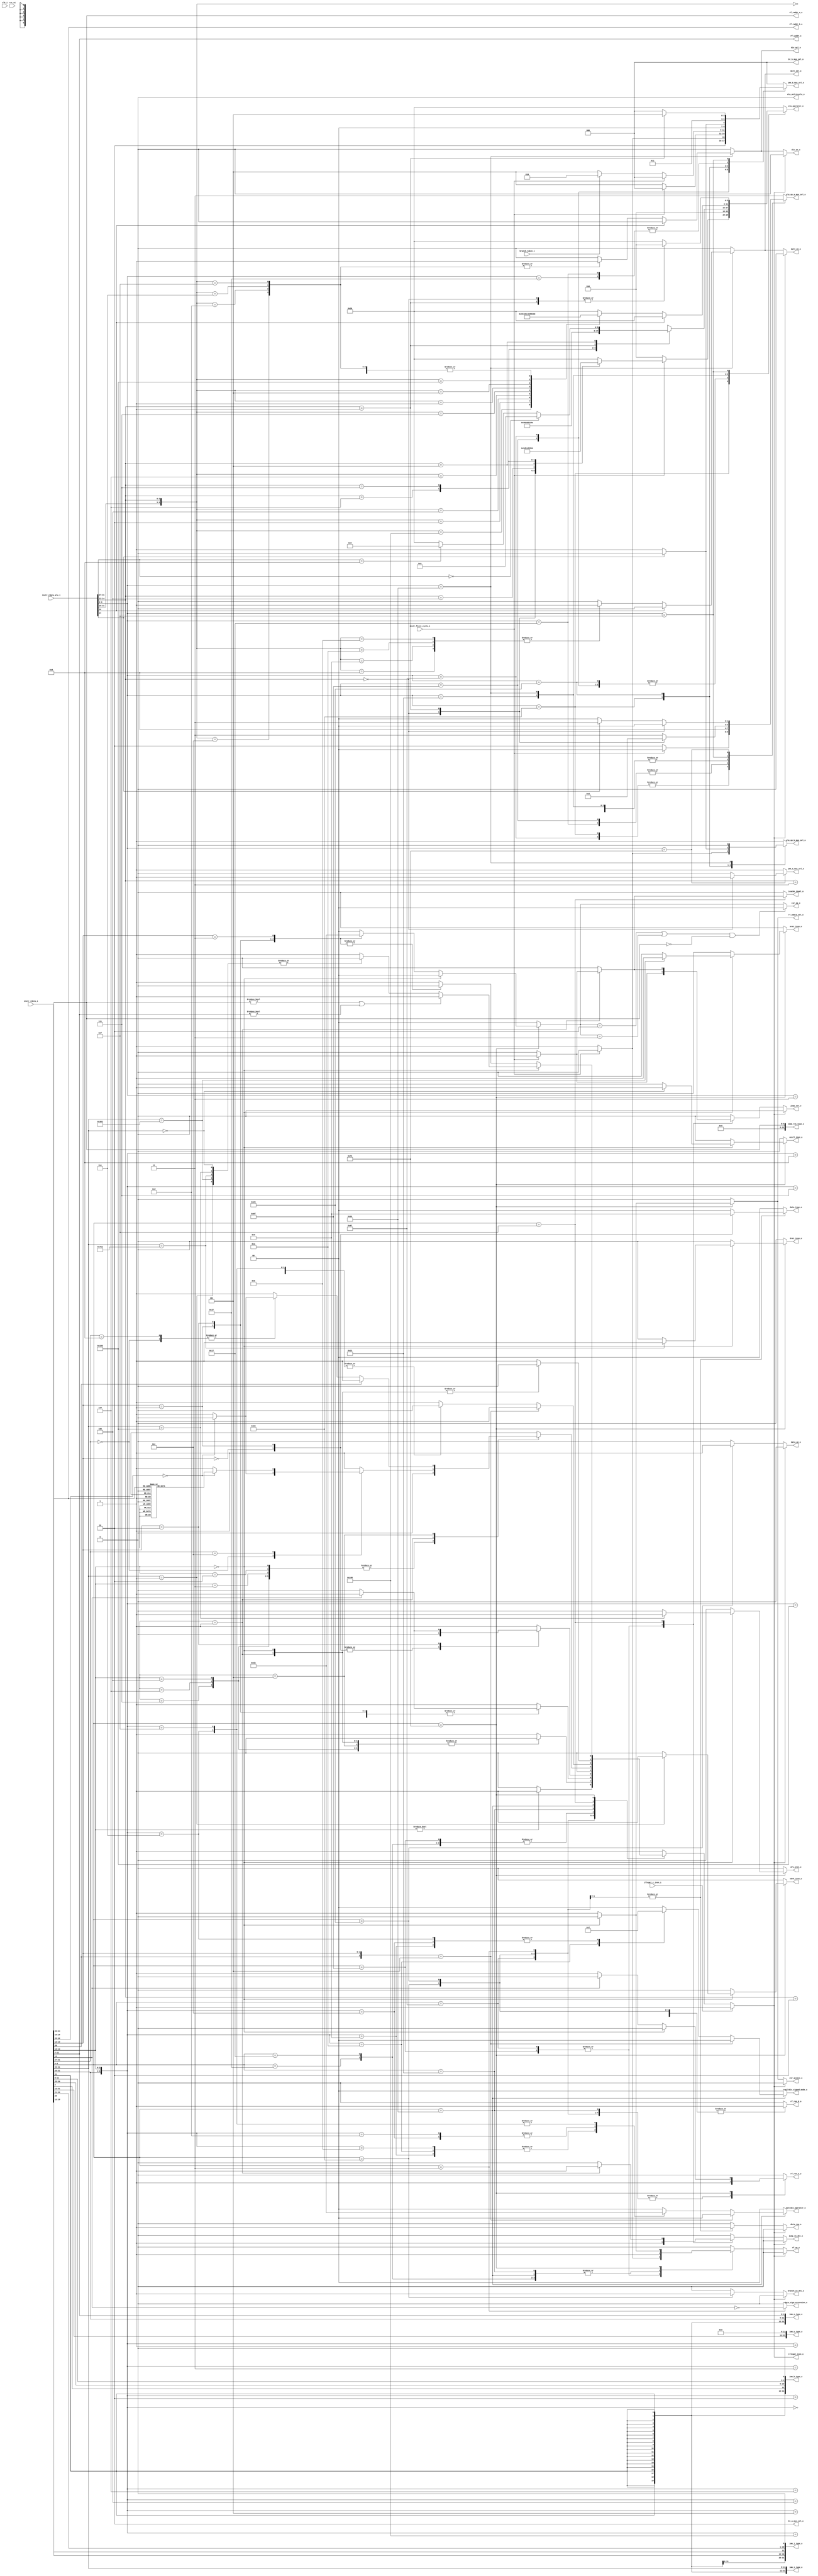
module ibex_decoder (
	clk_i,
	rst_ni,
	illegal_insn_o,
	ebrk_insn_o,
	mret_insn_o,
	dret_insn_o,
	ecall_insn_o,
	wfi_insn_o,
	jump_set_o,
	branch_taken_i,
	icache_inval_o,
	instr_first_cycle_i,
	instr_rdata_i,
	instr_rdata_alu_i,
	illegal_c_insn_i,
	imm_a_mux_sel_o,
	imm_b_mux_sel_o,
	bt_a_mux_sel_o,
	bt_b_mux_sel_o,
	imm_i_type_o,
	imm_s_type_o,
	imm_b_type_o,
	imm_u_type_o,
	imm_j_type_o,
	zimm_rs1_type_o,
	rf_wdata_sel_o,
	rf_we_o,
	rf_raddr_a_o,
	rf_raddr_b_o,
	rf_waddr_o,
	rf_ren_a_o,
	rf_ren_b_o,
	alu_operator_o,
	alu_op_a_mux_sel_o,
	alu_op_b_mux_sel_o,
	alu_multicycle_o,
	mult_en_o,
	div_en_o,
	mult_sel_o,
	div_sel_o,
	multdiv_operator_o,
	multdiv_signed_mode_o,
	csr_access_o,
	csr_op_o,
	data_req_o,
	data_we_o,
	data_type_o,
	data_sign_extension_o,
	jump_in_dec_o,
	branch_in_dec_o
);
	parameter [0:0] RV32E = 0;
	localparam integer ibex_pkg_RV32MFast = 2;
	parameter integer RV32M = ibex_pkg_RV32MFast;
	localparam integer ibex_pkg_RV32BNone = 0;
	parameter integer RV32B = ibex_pkg_RV32BNone;
	parameter [0:0] BranchTargetALU = 0;
	input wire clk_i;
	input wire rst_ni;
	output wire illegal_insn_o;
	output reg ebrk_insn_o;
	output reg mret_insn_o;
	output reg dret_insn_o;
	output reg ecall_insn_o;
	output reg wfi_insn_o;
	output reg jump_set_o;
	input wire branch_taken_i;
	output reg icache_inval_o;
	input wire instr_first_cycle_i;
	input wire [31:0] instr_rdata_i;
	input wire [31:0] instr_rdata_alu_i;
	input wire illegal_c_insn_i;
	output reg imm_a_mux_sel_o;
	output reg [2:0] imm_b_mux_sel_o;
	output reg [1:0] bt_a_mux_sel_o;
	output reg [2:0] bt_b_mux_sel_o;
	output wire [31:0] imm_i_type_o;
	output wire [31:0] imm_s_type_o;
	output wire [31:0] imm_b_type_o;
	output wire [31:0] imm_u_type_o;
	output wire [31:0] imm_j_type_o;
	output wire [31:0] zimm_rs1_type_o;
	output reg rf_wdata_sel_o;
	output wire rf_we_o;
	output wire [4:0] rf_raddr_a_o;
	output wire [4:0] rf_raddr_b_o;
	output wire [4:0] rf_waddr_o;
	output reg rf_ren_a_o;
	output reg rf_ren_b_o;
	output reg [5:0] alu_operator_o;
	output reg [1:0] alu_op_a_mux_sel_o;
	output reg alu_op_b_mux_sel_o;
	output reg alu_multicycle_o;
	output wire mult_en_o;
	output wire div_en_o;
	output reg mult_sel_o;
	output reg div_sel_o;
	output reg [1:0] multdiv_operator_o;
	output reg [1:0] multdiv_signed_mode_o;
	output reg csr_access_o;
	output reg [1:0] csr_op_o;
	output reg data_req_o;
	output reg data_we_o;
	output reg [1:0] data_type_o;
	output reg data_sign_extension_o;
	output reg jump_in_dec_o;
	output reg branch_in_dec_o;
	reg illegal_insn;
	wire illegal_reg_rv32e;
	reg csr_illegal;
	reg rf_we;
	wire [31:0] instr;
	wire [31:0] instr_alu;
	wire [9:0] unused_instr_alu;
	wire [4:0] instr_rs1;
	wire [4:0] instr_rs2;
	wire [4:0] instr_rs3;
	wire [4:0] instr_rd;
	reg use_rs3_d;
	reg use_rs3_q;
	reg [1:0] csr_op;
	reg [6:0] opcode;
	reg [6:0] opcode_alu;
	assign instr = instr_rdata_i;
	assign instr_alu = instr_rdata_alu_i;
	assign imm_i_type_o = {{20 {instr[31]}}, instr[31:20]};
	assign imm_s_type_o = {{20 {instr[31]}}, instr[31:25], instr[11:7]};
	assign imm_b_type_o = {{19 {instr[31]}}, instr[31], instr[7], instr[30:25], instr[11:8], 1'b0};
	assign imm_u_type_o = {instr[31:12], 12'b000000000000};
	assign imm_j_type_o = {{12 {instr[31]}}, instr[19:12], instr[20], instr[30:21], 1'b0};
	assign zimm_rs1_type_o = {27'b000000000000000000000000000, instr_rs1};
	generate
		if (RV32B != ibex_pkg_RV32BNone) begin : gen_rs3_flop
			always @(posedge clk_i or negedge rst_ni)
				if (!rst_ni)
					use_rs3_q <= 1'b0;
				else
					use_rs3_q <= use_rs3_d;
		end
		else begin : gen_no_rs3_flop
			wire [1:1] sv2v_tmp_66FD5;
			assign sv2v_tmp_66FD5 = use_rs3_d;
			always @(*) use_rs3_q = sv2v_tmp_66FD5;
		end
	endgenerate
	assign instr_rs1 = instr[19:15];
	assign instr_rs2 = instr[24:20];
	assign instr_rs3 = instr[31:27];
	assign rf_raddr_a_o = (use_rs3_q & ~instr_first_cycle_i ? instr_rs3 : instr_rs1);
	assign rf_raddr_b_o = instr_rs2;
	assign instr_rd = instr[11:7];
	assign rf_waddr_o = instr_rd;
	localparam [1:0] ibex_pkg_OP_A_REG_A = 0;
	localparam [0:0] ibex_pkg_OP_B_REG_B = 0;
	generate
		if (RV32E) begin : gen_rv32e_reg_check_active
			assign illegal_reg_rv32e = ((rf_raddr_a_o[4] & (alu_op_a_mux_sel_o == ibex_pkg_OP_A_REG_A)) | (rf_raddr_b_o[4] & (alu_op_b_mux_sel_o == ibex_pkg_OP_B_REG_B))) | (rf_waddr_o[4] & rf_we);
		end
		else begin : gen_rv32e_reg_check_inactive
			assign illegal_reg_rv32e = 1'b0;
		end
	endgenerate
	localparam [1:0] ibex_pkg_CSR_OP_CLEAR = 3;
	localparam [1:0] ibex_pkg_CSR_OP_READ = 0;
	localparam [1:0] ibex_pkg_CSR_OP_SET = 2;
	always @(*) begin : csr_operand_check
		csr_op_o = csr_op;
		if (((csr_op == ibex_pkg_CSR_OP_SET) || (csr_op == ibex_pkg_CSR_OP_CLEAR)) && (instr_rs1 == {5 {1'sb0}}))
			csr_op_o = ibex_pkg_CSR_OP_READ;
	end
	localparam [1:0] ibex_pkg_CSR_OP_WRITE = 1;
	localparam [1:0] ibex_pkg_MD_OP_DIV = 2;
	localparam [1:0] ibex_pkg_MD_OP_MULH = 1;
	localparam [1:0] ibex_pkg_MD_OP_MULL = 0;
	localparam [1:0] ibex_pkg_MD_OP_REM = 3;
	localparam [6:0] ibex_pkg_OPCODE_AUIPC = 7'h17;
	localparam [6:0] ibex_pkg_OPCODE_BRANCH = 7'h63;
	localparam [6:0] ibex_pkg_OPCODE_JAL = 7'h6f;
	localparam [6:0] ibex_pkg_OPCODE_JALR = 7'h67;
	localparam [6:0] ibex_pkg_OPCODE_LOAD = 7'h03;
	localparam [6:0] ibex_pkg_OPCODE_LUI = 7'h37;
	localparam [6:0] ibex_pkg_OPCODE_MISC_MEM = 7'h0f;
	localparam [6:0] ibex_pkg_OPCODE_OP = 7'h33;
	localparam [6:0] ibex_pkg_OPCODE_OP_IMM = 7'h13;
	localparam [6:0] ibex_pkg_OPCODE_STORE = 7'h23;
	localparam [6:0] ibex_pkg_OPCODE_SYSTEM = 7'h73;
	localparam [0:0] ibex_pkg_RF_WD_CSR = 1;
	localparam [0:0] ibex_pkg_RF_WD_EX = 0;
	localparam integer ibex_pkg_RV32BBalanced = 1;
	localparam integer ibex_pkg_RV32BFull = 2;
	localparam integer ibex_pkg_RV32MNone = 0;
	always @(*) begin
		jump_in_dec_o = 1'b0;
		jump_set_o = 1'b0;
		branch_in_dec_o = 1'b0;
		icache_inval_o = 1'b0;
		multdiv_operator_o = ibex_pkg_MD_OP_MULL;
		multdiv_signed_mode_o = 2'b00;
		rf_wdata_sel_o = ibex_pkg_RF_WD_EX;
		rf_we = 1'b0;
		rf_ren_a_o = 1'b0;
		rf_ren_b_o = 1'b0;
		csr_access_o = 1'b0;
		csr_illegal = 1'b0;
		csr_op = ibex_pkg_CSR_OP_READ;
		data_we_o = 1'b0;
		data_type_o = 2'b00;
		data_sign_extension_o = 1'b0;
		data_req_o = 1'b0;
		illegal_insn = 1'b0;
		ebrk_insn_o = 1'b0;
		mret_insn_o = 1'b0;
		dret_insn_o = 1'b0;
		ecall_insn_o = 1'b0;
		wfi_insn_o = 1'b0;
		opcode = instr[6:0];
		case (opcode)
			ibex_pkg_OPCODE_JAL: begin
				jump_in_dec_o = 1'b1;
				if (instr_first_cycle_i) begin
					rf_we = BranchTargetALU;
					jump_set_o = 1'b1;
				end
				else
					rf_we = 1'b1;
			end
			ibex_pkg_OPCODE_JALR: begin
				jump_in_dec_o = 1'b1;
				if (instr_first_cycle_i) begin
					rf_we = BranchTargetALU;
					jump_set_o = 1'b1;
				end
				else
					rf_we = 1'b1;
				if (instr[14:12] != 3'b000)
					illegal_insn = 1'b1;
				rf_ren_a_o = 1'b1;
			end
			ibex_pkg_OPCODE_BRANCH: begin
				branch_in_dec_o = 1'b1;
				case (instr[14:12])
					3'b000, 3'b001, 3'b100, 3'b101, 3'b110, 3'b111: illegal_insn = 1'b0;
					default: illegal_insn = 1'b1;
				endcase
				rf_ren_a_o = 1'b1;
				rf_ren_b_o = 1'b1;
			end
			ibex_pkg_OPCODE_STORE: begin
				rf_ren_a_o = 1'b1;
				rf_ren_b_o = 1'b1;
				data_req_o = 1'b1;
				data_we_o = 1'b1;
				if (instr[14])
					illegal_insn = 1'b1;
				case (instr[13:12])
					2'b00: data_type_o = 2'b10;
					2'b01: data_type_o = 2'b01;
					2'b10: data_type_o = 2'b00;
					default: illegal_insn = 1'b1;
				endcase
			end
			ibex_pkg_OPCODE_LOAD: begin
				rf_ren_a_o = 1'b1;
				data_req_o = 1'b1;
				data_type_o = 2'b00;
				data_sign_extension_o = ~instr[14];
				case (instr[13:12])
					2'b00: data_type_o = 2'b10;
					2'b01: data_type_o = 2'b01;
					2'b10: begin
						data_type_o = 2'b00;
						if (instr[14])
							illegal_insn = 1'b1;
					end
					default: illegal_insn = 1'b1;
				endcase
			end
			ibex_pkg_OPCODE_LUI: rf_we = 1'b1;
			ibex_pkg_OPCODE_AUIPC: rf_we = 1'b1;
			ibex_pkg_OPCODE_OP_IMM: begin
				rf_ren_a_o = 1'b1;
				rf_we = 1'b1;
				case (instr[14:12])
					3'b000, 3'b010, 3'b011, 3'b100, 3'b110, 3'b111: illegal_insn = 1'b0;
					3'b001:
						case (instr[31:27])
							5'b00000: illegal_insn = (instr[26:25] == 2'b00 ? 1'b0 : 1'b1);
							5'b00100, 5'b01001, 5'b00101, 5'b01101: illegal_insn = (RV32B != ibex_pkg_RV32BNone ? 1'b0 : 1'b1);
							5'b00001:
								if (instr[26] == 1'b0)
									illegal_insn = (RV32B == ibex_pkg_RV32BFull ? 1'b0 : 1'b1);
								else
									illegal_insn = 1'b1;
							5'b01100:
								case (instr[26:20])
									7'b0000000, 7'b0000001, 7'b0000010, 7'b0000100, 7'b0000101: illegal_insn = (RV32B != ibex_pkg_RV32BNone ? 1'b0 : 1'b1);
									7'b0010000, 7'b0010001, 7'b0010010, 7'b0011000, 7'b0011001, 7'b0011010: illegal_insn = (RV32B == ibex_pkg_RV32BFull ? 1'b0 : 1'b1);
									default: illegal_insn = 1'b1;
								endcase
							default: illegal_insn = 1'b1;
						endcase
					3'b101:
						if (instr[26])
							illegal_insn = (RV32B != ibex_pkg_RV32BNone ? 1'b0 : 1'b1);
						else
							case (instr[31:27])
								5'b00000, 5'b01000: illegal_insn = (instr[26:25] == 2'b00 ? 1'b0 : 1'b1);
								5'b00100, 5'b01100, 5'b01001: illegal_insn = (RV32B != ibex_pkg_RV32BNone ? 1'b0 : 1'b1);
								5'b01101:
									if (RV32B == ibex_pkg_RV32BFull)
										illegal_insn = 1'b0;
									else
										case (instr[24:20])
											5'b11111, 5'b11000: illegal_insn = (RV32B == ibex_pkg_RV32BBalanced ? 1'b0 : 1'b1);
											default: illegal_insn = 1'b1;
										endcase
								5'b00101:
									if (RV32B == ibex_pkg_RV32BFull)
										illegal_insn = 1'b0;
									else if (instr[24:20] == 5'b00111)
										illegal_insn = (RV32B == ibex_pkg_RV32BBalanced ? 1'b0 : 1'b1);
									else
										illegal_insn = 1'b1;
								5'b00001:
									if (instr[26] == 1'b0)
										illegal_insn = (RV32B == ibex_pkg_RV32BFull ? 1'b0 : 1'b1);
									else
										illegal_insn = 1'b1;
								default: illegal_insn = 1'b1;
							endcase
					default: illegal_insn = 1'b1;
				endcase
			end
			ibex_pkg_OPCODE_OP: begin
				rf_ren_a_o = 1'b1;
				rf_ren_b_o = 1'b1;
				rf_we = 1'b1;
				if ({instr[26], instr[13:12]} == {1'b1, 2'b01})
					illegal_insn = (RV32B != ibex_pkg_RV32BNone ? 1'b0 : 1'b1);
				else
					case ({instr[31:25], instr[14:12]})
						{7'b0000000, 3'b000}, {7'b0100000, 3'b000}, {7'b0000000, 3'b010}, {7'b0000000, 3'b011}, {7'b0000000, 3'b100}, {7'b0000000, 3'b110}, {7'b0000000, 3'b111}, {7'b0000000, 3'b001}, {7'b0000000, 3'b101}, {7'b0100000, 3'b101}: illegal_insn = 1'b0;
						{7'b0100000, 3'b111}, {7'b0100000, 3'b110}, {7'b0100000, 3'b100}, {7'b0010000, 3'b001}, {7'b0010000, 3'b101}, {7'b0110000, 3'b001}, {7'b0110000, 3'b101}, {7'b0000101, 3'b100}, {7'b0000101, 3'b101}, {7'b0000101, 3'b110}, {7'b0000101, 3'b111}, {7'b0000100, 3'b100}, {7'b0100100, 3'b100}, {7'b0000100, 3'b111}, {7'b0100100, 3'b001}, {7'b0010100, 3'b001}, {7'b0110100, 3'b001}, {7'b0100100, 3'b101}, {7'b0100100, 3'b111}: illegal_insn = (RV32B != ibex_pkg_RV32BNone ? 1'b0 : 1'b1);
						{7'b0100100, 3'b110}, {7'b0000100, 3'b110}, {7'b0110100, 3'b101}, {7'b0010100, 3'b101}, {7'b0000100, 3'b001}, {7'b0000100, 3'b101}, {7'b0000101, 3'b001}, {7'b0000101, 3'b010}, {7'b0000101, 3'b011}: illegal_insn = (RV32B == ibex_pkg_RV32BFull ? 1'b0 : 1'b1);
						{7'b0000001, 3'b000}: begin
							multdiv_operator_o = ibex_pkg_MD_OP_MULL;
							multdiv_signed_mode_o = 2'b00;
							illegal_insn = (RV32M == ibex_pkg_RV32MNone ? 1'b1 : 1'b0);
						end
						{7'b0000001, 3'b001}: begin
							multdiv_operator_o = ibex_pkg_MD_OP_MULH;
							multdiv_signed_mode_o = 2'b11;
							illegal_insn = (RV32M == ibex_pkg_RV32MNone ? 1'b1 : 1'b0);
						end
						{7'b0000001, 3'b010}: begin
							multdiv_operator_o = ibex_pkg_MD_OP_MULH;
							multdiv_signed_mode_o = 2'b01;
							illegal_insn = (RV32M == ibex_pkg_RV32MNone ? 1'b1 : 1'b0);
						end
						{7'b0000001, 3'b011}: begin
							multdiv_operator_o = ibex_pkg_MD_OP_MULH;
							multdiv_signed_mode_o = 2'b00;
							illegal_insn = (RV32M == ibex_pkg_RV32MNone ? 1'b1 : 1'b0);
						end
						{7'b0000001, 3'b100}: begin
							multdiv_operator_o = ibex_pkg_MD_OP_DIV;
							multdiv_signed_mode_o = 2'b11;
							illegal_insn = (RV32M == ibex_pkg_RV32MNone ? 1'b1 : 1'b0);
						end
						{7'b0000001, 3'b101}: begin
							multdiv_operator_o = ibex_pkg_MD_OP_DIV;
							multdiv_signed_mode_o = 2'b00;
							illegal_insn = (RV32M == ibex_pkg_RV32MNone ? 1'b1 : 1'b0);
						end
						{7'b0000001, 3'b110}: begin
							multdiv_operator_o = ibex_pkg_MD_OP_REM;
							multdiv_signed_mode_o = 2'b11;
							illegal_insn = (RV32M == ibex_pkg_RV32MNone ? 1'b1 : 1'b0);
						end
						{7'b0000001, 3'b111}: begin
							multdiv_operator_o = ibex_pkg_MD_OP_REM;
							multdiv_signed_mode_o = 2'b00;
							illegal_insn = (RV32M == ibex_pkg_RV32MNone ? 1'b1 : 1'b0);
						end
						default: illegal_insn = 1'b1;
					endcase
			end
			ibex_pkg_OPCODE_MISC_MEM:
				case (instr[14:12])
					3'b000: rf_we = 1'b0;
					3'b001: begin
						jump_in_dec_o = 1'b1;
						rf_we = 1'b0;
						if (instr_first_cycle_i) begin
							jump_set_o = 1'b1;
							icache_inval_o = 1'b1;
						end
					end
					default: illegal_insn = 1'b1;
				endcase
			ibex_pkg_OPCODE_SYSTEM:
				if (instr[14:12] == 3'b000) begin
					case (instr[31:20])
						12'h000: ecall_insn_o = 1'b1;
						12'h001: ebrk_insn_o = 1'b1;
						12'h302: mret_insn_o = 1'b1;
						12'h7b2: dret_insn_o = 1'b1;
						12'h105: wfi_insn_o = 1'b1;
						default: illegal_insn = 1'b1;
					endcase
					if ((instr_rs1 != 5'b00000) || (instr_rd != 5'b00000))
						illegal_insn = 1'b1;
				end
				else begin
					csr_access_o = 1'b1;
					rf_wdata_sel_o = ibex_pkg_RF_WD_CSR;
					rf_we = 1'b1;
					if (~instr[14])
						rf_ren_a_o = 1'b1;
					case (instr[13:12])
						2'b01: csr_op = ibex_pkg_CSR_OP_WRITE;
						2'b10: csr_op = ibex_pkg_CSR_OP_SET;
						2'b11: csr_op = ibex_pkg_CSR_OP_CLEAR;
						default: csr_illegal = 1'b1;
					endcase
					illegal_insn = csr_illegal;
				end
			default: illegal_insn = 1'b1;
		endcase
		if (illegal_c_insn_i)
			illegal_insn = 1'b1;
		if (illegal_insn) begin
			rf_we = 1'b0;
			data_req_o = 1'b0;
			data_we_o = 1'b0;
			jump_in_dec_o = 1'b0;
			jump_set_o = 1'b0;
			branch_in_dec_o = 1'b0;
			csr_access_o = 1'b0;
		end
	end
	localparam [5:0] ibex_pkg_ALU_ADD = 0;
	localparam [5:0] ibex_pkg_ALU_AND = 4;
	localparam [5:0] ibex_pkg_ALU_ANDN = 7;
	localparam [5:0] ibex_pkg_ALU_BDEP = 48;
	localparam [5:0] ibex_pkg_ALU_BEXT = 47;
	localparam [5:0] ibex_pkg_ALU_BFP = 49;
	localparam [5:0] ibex_pkg_ALU_CLMUL = 50;
	localparam [5:0] ibex_pkg_ALU_CLMULH = 52;
	localparam [5:0] ibex_pkg_ALU_CLMULR = 51;
	localparam [5:0] ibex_pkg_ALU_CLZ = 34;
	localparam [5:0] ibex_pkg_ALU_CMIX = 40;
	localparam [5:0] ibex_pkg_ALU_CMOV = 39;
	localparam [5:0] ibex_pkg_ALU_CRC32C_B = 54;
	localparam [5:0] ibex_pkg_ALU_CRC32C_H = 56;
	localparam [5:0] ibex_pkg_ALU_CRC32C_W = 58;
	localparam [5:0] ibex_pkg_ALU_CRC32_B = 53;
	localparam [5:0] ibex_pkg_ALU_CRC32_H = 55;
	localparam [5:0] ibex_pkg_ALU_CRC32_W = 57;
	localparam [5:0] ibex_pkg_ALU_CTZ = 35;
	localparam [5:0] ibex_pkg_ALU_EQ = 23;
	localparam [5:0] ibex_pkg_ALU_FSL = 41;
	localparam [5:0] ibex_pkg_ALU_FSR = 42;
	localparam [5:0] ibex_pkg_ALU_GE = 21;
	localparam [5:0] ibex_pkg_ALU_GEU = 22;
	localparam [5:0] ibex_pkg_ALU_GORC = 16;
	localparam [5:0] ibex_pkg_ALU_GREV = 15;
	localparam [5:0] ibex_pkg_ALU_LT = 19;
	localparam [5:0] ibex_pkg_ALU_LTU = 20;
	localparam [5:0] ibex_pkg_ALU_MAX = 27;
	localparam [5:0] ibex_pkg_ALU_MAXU = 28;
	localparam [5:0] ibex_pkg_ALU_MIN = 25;
	localparam [5:0] ibex_pkg_ALU_MINU = 26;
	localparam [5:0] ibex_pkg_ALU_NE = 24;
	localparam [5:0] ibex_pkg_ALU_OR = 3;
	localparam [5:0] ibex_pkg_ALU_ORN = 6;
	localparam [5:0] ibex_pkg_ALU_PACK = 29;
	localparam [5:0] ibex_pkg_ALU_PACKH = 31;
	localparam [5:0] ibex_pkg_ALU_PACKU = 30;
	localparam [5:0] ibex_pkg_ALU_PCNT = 36;
	localparam [5:0] ibex_pkg_ALU_ROL = 14;
	localparam [5:0] ibex_pkg_ALU_ROR = 13;
	localparam [5:0] ibex_pkg_ALU_SBCLR = 44;
	localparam [5:0] ibex_pkg_ALU_SBEXT = 46;
	localparam [5:0] ibex_pkg_ALU_SBINV = 45;
	localparam [5:0] ibex_pkg_ALU_SBSET = 43;
	localparam [5:0] ibex_pkg_ALU_SEXTB = 32;
	localparam [5:0] ibex_pkg_ALU_SEXTH = 33;
	localparam [5:0] ibex_pkg_ALU_SHFL = 17;
	localparam [5:0] ibex_pkg_ALU_SLL = 10;
	localparam [5:0] ibex_pkg_ALU_SLO = 12;
	localparam [5:0] ibex_pkg_ALU_SLT = 37;
	localparam [5:0] ibex_pkg_ALU_SLTU = 38;
	localparam [5:0] ibex_pkg_ALU_SRA = 8;
	localparam [5:0] ibex_pkg_ALU_SRL = 9;
	localparam [5:0] ibex_pkg_ALU_SRO = 11;
	localparam [5:0] ibex_pkg_ALU_SUB = 1;
	localparam [5:0] ibex_pkg_ALU_UNSHFL = 18;
	localparam [5:0] ibex_pkg_ALU_XNOR = 5;
	localparam [5:0] ibex_pkg_ALU_XOR = 2;
	localparam [0:0] ibex_pkg_IMM_A_Z = 0;
	localparam [0:0] ibex_pkg_IMM_A_ZERO = 1;
	localparam [2:0] ibex_pkg_IMM_B_B = 2;
	localparam [2:0] ibex_pkg_IMM_B_I = 0;
	localparam [2:0] ibex_pkg_IMM_B_INCR_PC = 5;
	localparam [2:0] ibex_pkg_IMM_B_J = 4;
	localparam [2:0] ibex_pkg_IMM_B_S = 1;
	localparam [2:0] ibex_pkg_IMM_B_U = 3;
	localparam [1:0] ibex_pkg_OP_A_CURRPC = 2;
	localparam [1:0] ibex_pkg_OP_A_IMM = 3;
	localparam [0:0] ibex_pkg_OP_B_IMM = 1;
	always @(*) begin
		alu_operator_o = ibex_pkg_ALU_SLTU;
		alu_op_a_mux_sel_o = ibex_pkg_OP_A_IMM;
		alu_op_b_mux_sel_o = ibex_pkg_OP_B_IMM;
		imm_a_mux_sel_o = ibex_pkg_IMM_A_ZERO;
		imm_b_mux_sel_o = ibex_pkg_IMM_B_I;
		bt_a_mux_sel_o = ibex_pkg_OP_A_CURRPC;
		bt_b_mux_sel_o = ibex_pkg_IMM_B_I;
		opcode_alu = instr_alu[6:0];
		use_rs3_d = 1'b0;
		alu_multicycle_o = 1'b0;
		mult_sel_o = 1'b0;
		div_sel_o = 1'b0;
		case (opcode_alu)
			ibex_pkg_OPCODE_JAL: begin
				if (BranchTargetALU) begin
					bt_a_mux_sel_o = ibex_pkg_OP_A_CURRPC;
					bt_b_mux_sel_o = ibex_pkg_IMM_B_J;
				end
				if (instr_first_cycle_i && !BranchTargetALU) begin
					alu_op_a_mux_sel_o = ibex_pkg_OP_A_CURRPC;
					alu_op_b_mux_sel_o = ibex_pkg_OP_B_IMM;
					imm_b_mux_sel_o = ibex_pkg_IMM_B_J;
					alu_operator_o = ibex_pkg_ALU_ADD;
				end
				else begin
					alu_op_a_mux_sel_o = ibex_pkg_OP_A_CURRPC;
					alu_op_b_mux_sel_o = ibex_pkg_OP_B_IMM;
					imm_b_mux_sel_o = ibex_pkg_IMM_B_INCR_PC;
					alu_operator_o = ibex_pkg_ALU_ADD;
				end
			end
			ibex_pkg_OPCODE_JALR: begin
				if (BranchTargetALU) begin
					bt_a_mux_sel_o = ibex_pkg_OP_A_REG_A;
					bt_b_mux_sel_o = ibex_pkg_IMM_B_I;
				end
				if (instr_first_cycle_i && !BranchTargetALU) begin
					alu_op_a_mux_sel_o = ibex_pkg_OP_A_REG_A;
					alu_op_b_mux_sel_o = ibex_pkg_OP_B_IMM;
					imm_b_mux_sel_o = ibex_pkg_IMM_B_I;
					alu_operator_o = ibex_pkg_ALU_ADD;
				end
				else begin
					alu_op_a_mux_sel_o = ibex_pkg_OP_A_CURRPC;
					alu_op_b_mux_sel_o = ibex_pkg_OP_B_IMM;
					imm_b_mux_sel_o = ibex_pkg_IMM_B_INCR_PC;
					alu_operator_o = ibex_pkg_ALU_ADD;
				end
			end
			ibex_pkg_OPCODE_BRANCH: begin
				case (instr_alu[14:12])
					3'b000: alu_operator_o = ibex_pkg_ALU_EQ;
					3'b001: alu_operator_o = ibex_pkg_ALU_NE;
					3'b100: alu_operator_o = ibex_pkg_ALU_LT;
					3'b101: alu_operator_o = ibex_pkg_ALU_GE;
					3'b110: alu_operator_o = ibex_pkg_ALU_LTU;
					3'b111: alu_operator_o = ibex_pkg_ALU_GEU;
					default:
						;
				endcase
				if (BranchTargetALU) begin
					bt_a_mux_sel_o = ibex_pkg_OP_A_CURRPC;
					bt_b_mux_sel_o = (branch_taken_i ? ibex_pkg_IMM_B_B : ibex_pkg_IMM_B_INCR_PC);
				end
				if (instr_first_cycle_i) begin
					alu_op_a_mux_sel_o = ibex_pkg_OP_A_REG_A;
					alu_op_b_mux_sel_o = ibex_pkg_OP_B_REG_B;
				end
				else begin
					alu_op_a_mux_sel_o = ibex_pkg_OP_A_CURRPC;
					alu_op_b_mux_sel_o = ibex_pkg_OP_B_IMM;
					imm_b_mux_sel_o = (branch_taken_i ? ibex_pkg_IMM_B_B : ibex_pkg_IMM_B_INCR_PC);
					alu_operator_o = ibex_pkg_ALU_ADD;
				end
			end
			ibex_pkg_OPCODE_STORE: begin
				alu_op_a_mux_sel_o = ibex_pkg_OP_A_REG_A;
				alu_op_b_mux_sel_o = ibex_pkg_OP_B_REG_B;
				alu_operator_o = ibex_pkg_ALU_ADD;
				if (!instr_alu[14]) begin
					imm_b_mux_sel_o = ibex_pkg_IMM_B_S;
					alu_op_b_mux_sel_o = ibex_pkg_OP_B_IMM;
				end
			end
			ibex_pkg_OPCODE_LOAD: begin
				alu_op_a_mux_sel_o = ibex_pkg_OP_A_REG_A;
				alu_operator_o = ibex_pkg_ALU_ADD;
				alu_op_b_mux_sel_o = ibex_pkg_OP_B_IMM;
				imm_b_mux_sel_o = ibex_pkg_IMM_B_I;
			end
			ibex_pkg_OPCODE_LUI: begin
				alu_op_a_mux_sel_o = ibex_pkg_OP_A_IMM;
				alu_op_b_mux_sel_o = ibex_pkg_OP_B_IMM;
				imm_a_mux_sel_o = ibex_pkg_IMM_A_ZERO;
				imm_b_mux_sel_o = ibex_pkg_IMM_B_U;
				alu_operator_o = ibex_pkg_ALU_ADD;
			end
			ibex_pkg_OPCODE_AUIPC: begin
				alu_op_a_mux_sel_o = ibex_pkg_OP_A_CURRPC;
				alu_op_b_mux_sel_o = ibex_pkg_OP_B_IMM;
				imm_b_mux_sel_o = ibex_pkg_IMM_B_U;
				alu_operator_o = ibex_pkg_ALU_ADD;
			end
			ibex_pkg_OPCODE_OP_IMM: begin
				alu_op_a_mux_sel_o = ibex_pkg_OP_A_REG_A;
				alu_op_b_mux_sel_o = ibex_pkg_OP_B_IMM;
				imm_b_mux_sel_o = ibex_pkg_IMM_B_I;
				case (instr_alu[14:12])
					3'b000: alu_operator_o = ibex_pkg_ALU_ADD;
					3'b010: alu_operator_o = ibex_pkg_ALU_SLT;
					3'b011: alu_operator_o = ibex_pkg_ALU_SLTU;
					3'b100: alu_operator_o = ibex_pkg_ALU_XOR;
					3'b110: alu_operator_o = ibex_pkg_ALU_OR;
					3'b111: alu_operator_o = ibex_pkg_ALU_AND;
					3'b001:
						if (RV32B != ibex_pkg_RV32BNone)
							case (instr_alu[31:27])
								5'b00000: alu_operator_o = ibex_pkg_ALU_SLL;
								5'b00100: alu_operator_o = ibex_pkg_ALU_SLO;
								5'b01001: alu_operator_o = ibex_pkg_ALU_SBCLR;
								5'b00101: alu_operator_o = ibex_pkg_ALU_SBSET;
								5'b01101: alu_operator_o = ibex_pkg_ALU_SBINV;
								5'b00001:
									if (instr_alu[26] == 0)
										alu_operator_o = ibex_pkg_ALU_SHFL;
								5'b01100:
									case (instr_alu[26:20])
										7'b0000000: alu_operator_o = ibex_pkg_ALU_CLZ;
										7'b0000001: alu_operator_o = ibex_pkg_ALU_CTZ;
										7'b0000010: alu_operator_o = ibex_pkg_ALU_PCNT;
										7'b0000100: alu_operator_o = ibex_pkg_ALU_SEXTB;
										7'b0000101: alu_operator_o = ibex_pkg_ALU_SEXTH;
										7'b0010000:
											if (RV32B == ibex_pkg_RV32BFull) begin
												alu_operator_o = ibex_pkg_ALU_CRC32_B;
												alu_multicycle_o = 1'b1;
											end
										7'b0010001:
											if (RV32B == ibex_pkg_RV32BFull) begin
												alu_operator_o = ibex_pkg_ALU_CRC32_H;
												alu_multicycle_o = 1'b1;
											end
										7'b0010010:
											if (RV32B == ibex_pkg_RV32BFull) begin
												alu_operator_o = ibex_pkg_ALU_CRC32_W;
												alu_multicycle_o = 1'b1;
											end
										7'b0011000:
											if (RV32B == ibex_pkg_RV32BFull) begin
												alu_operator_o = ibex_pkg_ALU_CRC32C_B;
												alu_multicycle_o = 1'b1;
											end
										7'b0011001:
											if (RV32B == ibex_pkg_RV32BFull) begin
												alu_operator_o = ibex_pkg_ALU_CRC32C_H;
												alu_multicycle_o = 1'b1;
											end
										7'b0011010:
											if (RV32B == ibex_pkg_RV32BFull) begin
												alu_operator_o = ibex_pkg_ALU_CRC32C_W;
												alu_multicycle_o = 1'b1;
											end
										default:
											;
									endcase
								default:
									;
							endcase
						else
							alu_operator_o = ibex_pkg_ALU_SLL;
					3'b101:
						if (RV32B != ibex_pkg_RV32BNone) begin
							if (instr_alu[26] == 1'b1) begin
								alu_operator_o = ibex_pkg_ALU_FSR;
								alu_multicycle_o = 1'b1;
								if (instr_first_cycle_i)
									use_rs3_d = 1'b1;
								else
									use_rs3_d = 1'b0;
							end
							else
								case (instr_alu[31:27])
									5'b00000: alu_operator_o = ibex_pkg_ALU_SRL;
									5'b01000: alu_operator_o = ibex_pkg_ALU_SRA;
									5'b00100: alu_operator_o = ibex_pkg_ALU_SRO;
									5'b01001: alu_operator_o = ibex_pkg_ALU_SBEXT;
									5'b01100: begin
										alu_operator_o = ibex_pkg_ALU_ROR;
										alu_multicycle_o = 1'b1;
									end
									5'b01101: alu_operator_o = ibex_pkg_ALU_GREV;
									5'b00101: alu_operator_o = ibex_pkg_ALU_GORC;
									5'b00001:
										if (RV32B == ibex_pkg_RV32BFull)
											if (instr_alu[26] == 1'b0)
												alu_operator_o = ibex_pkg_ALU_UNSHFL;
									default:
										;
								endcase
						end
						else if (instr_alu[31:27] == 5'b00000)
							alu_operator_o = ibex_pkg_ALU_SRL;
						else if (instr_alu[31:27] == 5'b01000)
							alu_operator_o = ibex_pkg_ALU_SRA;
					default:
						;
				endcase
			end
			ibex_pkg_OPCODE_OP: begin
				alu_op_a_mux_sel_o = ibex_pkg_OP_A_REG_A;
				alu_op_b_mux_sel_o = ibex_pkg_OP_B_REG_B;
				if (instr_alu[26]) begin
					if (RV32B != ibex_pkg_RV32BNone)
						case ({instr_alu[26:25], instr_alu[14:12]})
							{2'b11, 3'b001}: begin
								alu_operator_o = ibex_pkg_ALU_CMIX;
								alu_multicycle_o = 1'b1;
								if (instr_first_cycle_i)
									use_rs3_d = 1'b1;
								else
									use_rs3_d = 1'b0;
							end
							{2'b11, 3'b101}: begin
								alu_operator_o = ibex_pkg_ALU_CMOV;
								alu_multicycle_o = 1'b1;
								if (instr_first_cycle_i)
									use_rs3_d = 1'b1;
								else
									use_rs3_d = 1'b0;
							end
							{2'b10, 3'b001}: begin
								alu_operator_o = ibex_pkg_ALU_FSL;
								alu_multicycle_o = 1'b1;
								if (instr_first_cycle_i)
									use_rs3_d = 1'b1;
								else
									use_rs3_d = 1'b0;
							end
							{2'b10, 3'b101}: begin
								alu_operator_o = ibex_pkg_ALU_FSR;
								alu_multicycle_o = 1'b1;
								if (instr_first_cycle_i)
									use_rs3_d = 1'b1;
								else
									use_rs3_d = 1'b0;
							end
							default:
								;
						endcase
				end
				else
					case ({instr_alu[31:25], instr_alu[14:12]})
						{7'b0000000, 3'b000}: alu_operator_o = ibex_pkg_ALU_ADD;
						{7'b0100000, 3'b000}: alu_operator_o = ibex_pkg_ALU_SUB;
						{7'b0000000, 3'b010}: alu_operator_o = ibex_pkg_ALU_SLT;
						{7'b0000000, 3'b011}: alu_operator_o = ibex_pkg_ALU_SLTU;
						{7'b0000000, 3'b100}: alu_operator_o = ibex_pkg_ALU_XOR;
						{7'b0000000, 3'b110}: alu_operator_o = ibex_pkg_ALU_OR;
						{7'b0000000, 3'b111}: alu_operator_o = ibex_pkg_ALU_AND;
						{7'b0000000, 3'b001}: alu_operator_o = ibex_pkg_ALU_SLL;
						{7'b0000000, 3'b101}: alu_operator_o = ibex_pkg_ALU_SRL;
						{7'b0100000, 3'b101}: alu_operator_o = ibex_pkg_ALU_SRA;
						{7'b0010000, 3'b001}:
							if (RV32B != ibex_pkg_RV32BNone)
								alu_operator_o = ibex_pkg_ALU_SLO;
						{7'b0010000, 3'b101}:
							if (RV32B != ibex_pkg_RV32BNone)
								alu_operator_o = ibex_pkg_ALU_SRO;
						{7'b0110000, 3'b001}:
							if (RV32B != ibex_pkg_RV32BNone) begin
								alu_operator_o = ibex_pkg_ALU_ROL;
								alu_multicycle_o = 1'b1;
							end
						{7'b0110000, 3'b101}:
							if (RV32B != ibex_pkg_RV32BNone) begin
								alu_operator_o = ibex_pkg_ALU_ROR;
								alu_multicycle_o = 1'b1;
							end
						{7'b0000101, 3'b100}:
							if (RV32B != ibex_pkg_RV32BNone)
								alu_operator_o = ibex_pkg_ALU_MIN;
						{7'b0000101, 3'b101}:
							if (RV32B != ibex_pkg_RV32BNone)
								alu_operator_o = ibex_pkg_ALU_MAX;
						{7'b0000101, 3'b110}:
							if (RV32B != ibex_pkg_RV32BNone)
								alu_operator_o = ibex_pkg_ALU_MINU;
						{7'b0000101, 3'b111}:
							if (RV32B != ibex_pkg_RV32BNone)
								alu_operator_o = ibex_pkg_ALU_MAXU;
						{7'b0000100, 3'b100}:
							if (RV32B != ibex_pkg_RV32BNone)
								alu_operator_o = ibex_pkg_ALU_PACK;
						{7'b0100100, 3'b100}:
							if (RV32B != ibex_pkg_RV32BNone)
								alu_operator_o = ibex_pkg_ALU_PACKU;
						{7'b0000100, 3'b111}:
							if (RV32B != ibex_pkg_RV32BNone)
								alu_operator_o = ibex_pkg_ALU_PACKH;
						{7'b0100000, 3'b100}:
							if (RV32B != ibex_pkg_RV32BNone)
								alu_operator_o = ibex_pkg_ALU_XNOR;
						{7'b0100000, 3'b110}:
							if (RV32B != ibex_pkg_RV32BNone)
								alu_operator_o = ibex_pkg_ALU_ORN;
						{7'b0100000, 3'b111}:
							if (RV32B != ibex_pkg_RV32BNone)
								alu_operator_o = ibex_pkg_ALU_ANDN;
						{7'b0100100, 3'b001}:
							if (RV32B != ibex_pkg_RV32BNone)
								alu_operator_o = ibex_pkg_ALU_SBCLR;
						{7'b0010100, 3'b001}:
							if (RV32B != ibex_pkg_RV32BNone)
								alu_operator_o = ibex_pkg_ALU_SBSET;
						{7'b0110100, 3'b001}:
							if (RV32B != ibex_pkg_RV32BNone)
								alu_operator_o = ibex_pkg_ALU_SBINV;
						{7'b0100100, 3'b101}:
							if (RV32B != ibex_pkg_RV32BNone)
								alu_operator_o = ibex_pkg_ALU_SBEXT;
						{7'b0100100, 3'b111}:
							if (RV32B != ibex_pkg_RV32BNone)
								alu_operator_o = ibex_pkg_ALU_BFP;
						{7'b0110100, 3'b101}:
							if (RV32B != ibex_pkg_RV32BNone)
								alu_operator_o = ibex_pkg_ALU_GREV;
						{7'b0010100, 3'b101}:
							if (RV32B != ibex_pkg_RV32BNone)
								alu_operator_o = ibex_pkg_ALU_GORC;
						{7'b0000100, 3'b001}:
							if (RV32B == ibex_pkg_RV32BFull)
								alu_operator_o = ibex_pkg_ALU_SHFL;
						{7'b0000100, 3'b101}:
							if (RV32B == ibex_pkg_RV32BFull)
								alu_operator_o = ibex_pkg_ALU_UNSHFL;
						{7'b0000101, 3'b001}:
							if (RV32B == ibex_pkg_RV32BFull)
								alu_operator_o = ibex_pkg_ALU_CLMUL;
						{7'b0000101, 3'b010}:
							if (RV32B == ibex_pkg_RV32BFull)
								alu_operator_o = ibex_pkg_ALU_CLMULR;
						{7'b0000101, 3'b011}:
							if (RV32B == ibex_pkg_RV32BFull)
								alu_operator_o = ibex_pkg_ALU_CLMULH;
						{7'b0100100, 3'b110}:
							if (RV32B == ibex_pkg_RV32BFull) begin
								alu_operator_o = ibex_pkg_ALU_BDEP;
								alu_multicycle_o = 1'b1;
							end
						{7'b0000100, 3'b110}:
							if (RV32B == ibex_pkg_RV32BFull) begin
								alu_operator_o = ibex_pkg_ALU_BEXT;
								alu_multicycle_o = 1'b1;
							end
						{7'b0000001, 3'b000}: begin
							alu_operator_o = ibex_pkg_ALU_ADD;
							mult_sel_o = (RV32M == ibex_pkg_RV32MNone ? 1'b0 : 1'b1);
						end
						{7'b0000001, 3'b001}: begin
							alu_operator_o = ibex_pkg_ALU_ADD;
							mult_sel_o = (RV32M == ibex_pkg_RV32MNone ? 1'b0 : 1'b1);
						end
						{7'b0000001, 3'b010}: begin
							alu_operator_o = ibex_pkg_ALU_ADD;
							mult_sel_o = (RV32M == ibex_pkg_RV32MNone ? 1'b0 : 1'b1);
						end
						{7'b0000001, 3'b011}: begin
							alu_operator_o = ibex_pkg_ALU_ADD;
							mult_sel_o = (RV32M == ibex_pkg_RV32MNone ? 1'b0 : 1'b1);
						end
						{7'b0000001, 3'b100}: begin
							alu_operator_o = ibex_pkg_ALU_ADD;
							div_sel_o = (RV32M == ibex_pkg_RV32MNone ? 1'b0 : 1'b1);
						end
						{7'b0000001, 3'b101}: begin
							alu_operator_o = ibex_pkg_ALU_ADD;
							div_sel_o = (RV32M == ibex_pkg_RV32MNone ? 1'b0 : 1'b1);
						end
						{7'b0000001, 3'b110}: begin
							alu_operator_o = ibex_pkg_ALU_ADD;
							div_sel_o = (RV32M == ibex_pkg_RV32MNone ? 1'b0 : 1'b1);
						end
						{7'b0000001, 3'b111}: begin
							alu_operator_o = ibex_pkg_ALU_ADD;
							div_sel_o = (RV32M == ibex_pkg_RV32MNone ? 1'b0 : 1'b1);
						end
						default:
							;
					endcase
			end
			ibex_pkg_OPCODE_MISC_MEM:
				case (instr_alu[14:12])
					3'b000: begin
						alu_operator_o = ibex_pkg_ALU_ADD;
						alu_op_a_mux_sel_o = ibex_pkg_OP_A_REG_A;
						alu_op_b_mux_sel_o = ibex_pkg_OP_B_IMM;
					end
					3'b001:
						if (BranchTargetALU) begin
							bt_a_mux_sel_o = ibex_pkg_OP_A_CURRPC;
							bt_b_mux_sel_o = ibex_pkg_IMM_B_INCR_PC;
						end
						else begin
							alu_op_a_mux_sel_o = ibex_pkg_OP_A_CURRPC;
							alu_op_b_mux_sel_o = ibex_pkg_OP_B_IMM;
							imm_b_mux_sel_o = ibex_pkg_IMM_B_INCR_PC;
							alu_operator_o = ibex_pkg_ALU_ADD;
						end
					default:
						;
				endcase
			ibex_pkg_OPCODE_SYSTEM:
				if (instr_alu[14:12] == 3'b000) begin
					alu_op_a_mux_sel_o = ibex_pkg_OP_A_REG_A;
					alu_op_b_mux_sel_o = ibex_pkg_OP_B_IMM;
				end
				else begin
					alu_op_b_mux_sel_o = ibex_pkg_OP_B_IMM;
					imm_a_mux_sel_o = ibex_pkg_IMM_A_Z;
					imm_b_mux_sel_o = ibex_pkg_IMM_B_I;
					if (instr_alu[14])
						alu_op_a_mux_sel_o = ibex_pkg_OP_A_IMM;
					else
						alu_op_a_mux_sel_o = ibex_pkg_OP_A_REG_A;
				end
			default:
				;
		endcase
	end
	assign mult_en_o = (illegal_insn ? 1'b0 : mult_sel_o);
	assign div_en_o = (illegal_insn ? 1'b0 : div_sel_o);
	assign illegal_insn_o = illegal_insn | illegal_reg_rv32e;
	assign rf_we_o = rf_we & ~illegal_reg_rv32e;
	assign unused_instr_alu = {instr_alu[19:15], instr_alu[11:7]};
endmodule